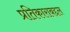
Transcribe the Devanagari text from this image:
प्रतिकाराबद्दल